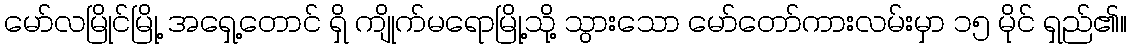
မော်လမြိုင်မြို့ အရှေ့တောင် ရှိ ကျိုက်မရောမြို့သို့ သွားသော မော်တော်ကားလမ်းမှာ ၁၅ မိုင် ရှည်၏။